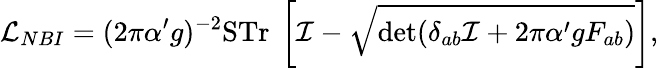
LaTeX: {\cal L}_{NBI}=(2\pi\alpha^{\prime}g)^{-2}\mathrm{STr}~\left[{\cal I}-\sqrt{\operatorname*{det}(\delta_{ab}{\cal I}+2\pi\alpha^{\prime}gF_{ab})}\right],